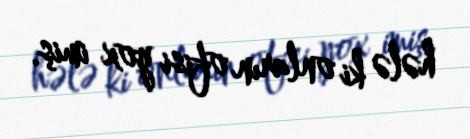
hələ ki onların ofisi yox imiş.